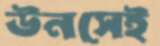
উনসেই